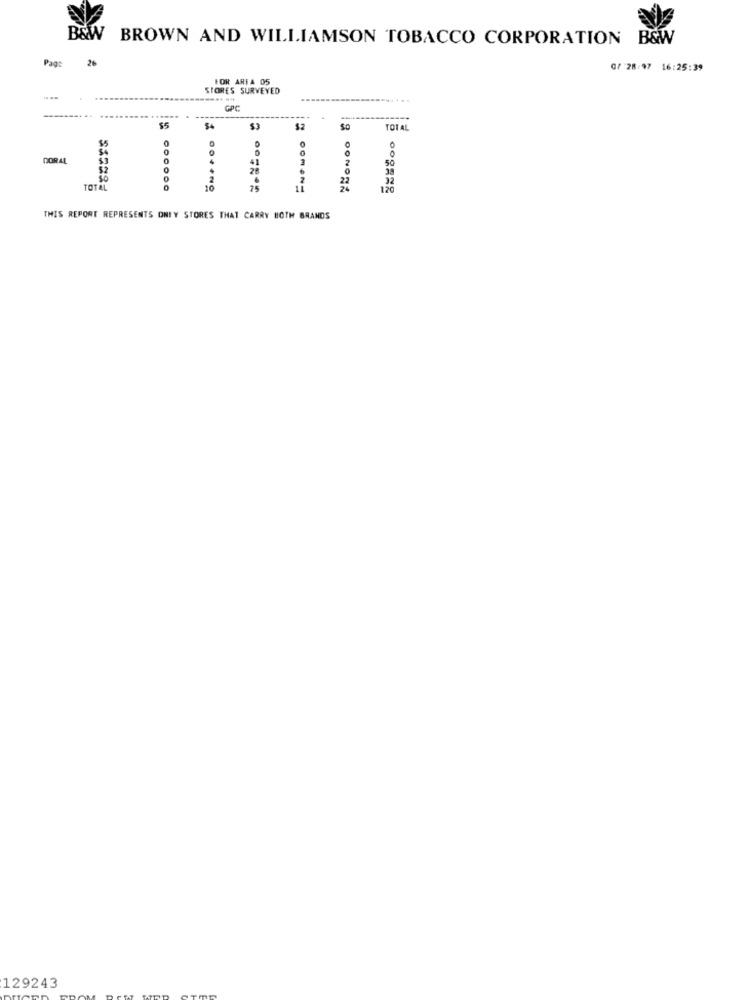
B&W BROWN AND WILLIAMSON TOBACCO CORPORATION B&W
Page
0/ 28/97 16:25:39
FOR AREA 05
STORES SURVEYED
GPC
....
$4
$2
$0
TOTAL
$5
0
DORAL
0
4
41
50
0
52
28
0
2
22
32
TOTAL
10
25
24
120
THIS REPORT REPRESENTS ONLY STORES THAT CARRY BOTH BRANDS
129243